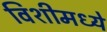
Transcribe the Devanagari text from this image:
विशीमध्ये